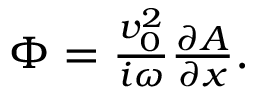
\begin{array} { r } { \Phi = \frac { v _ { 0 } ^ { 2 } } { i \omega } \frac { \partial A } { \partial x } . } \end{array}